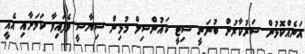
އަނެއްކޮޅުން ސަރުކާރުން ބުނަނީ ސިޓީ ކައުންސިލް މުޅިން ސިޔާސީ ވެފައިވާ ކަމަށާއި އެއީ